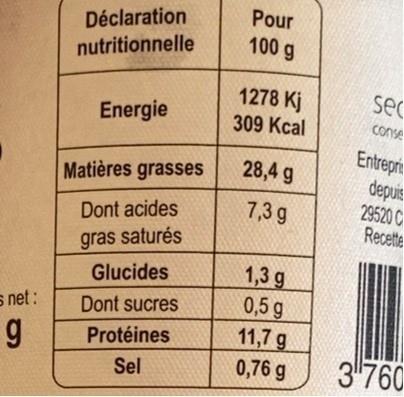
Pour
Déclaration nutritionnelle
100 g
1278 Kj 309 Kcal
sec
Energie
conse
Entreprie depuis 29520 C Recette
28,4 g
Matières grasses
7,3 g
Dont acides
gras saturés
1,3 g 0,5 g 11,7 g
Glucides
s net :
Dont sucres
Protéines
Sel
0,76 g
3"760